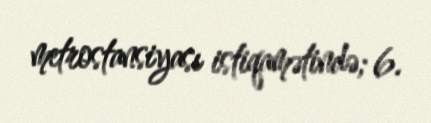
metrostansiyası istiqamətində; 6.